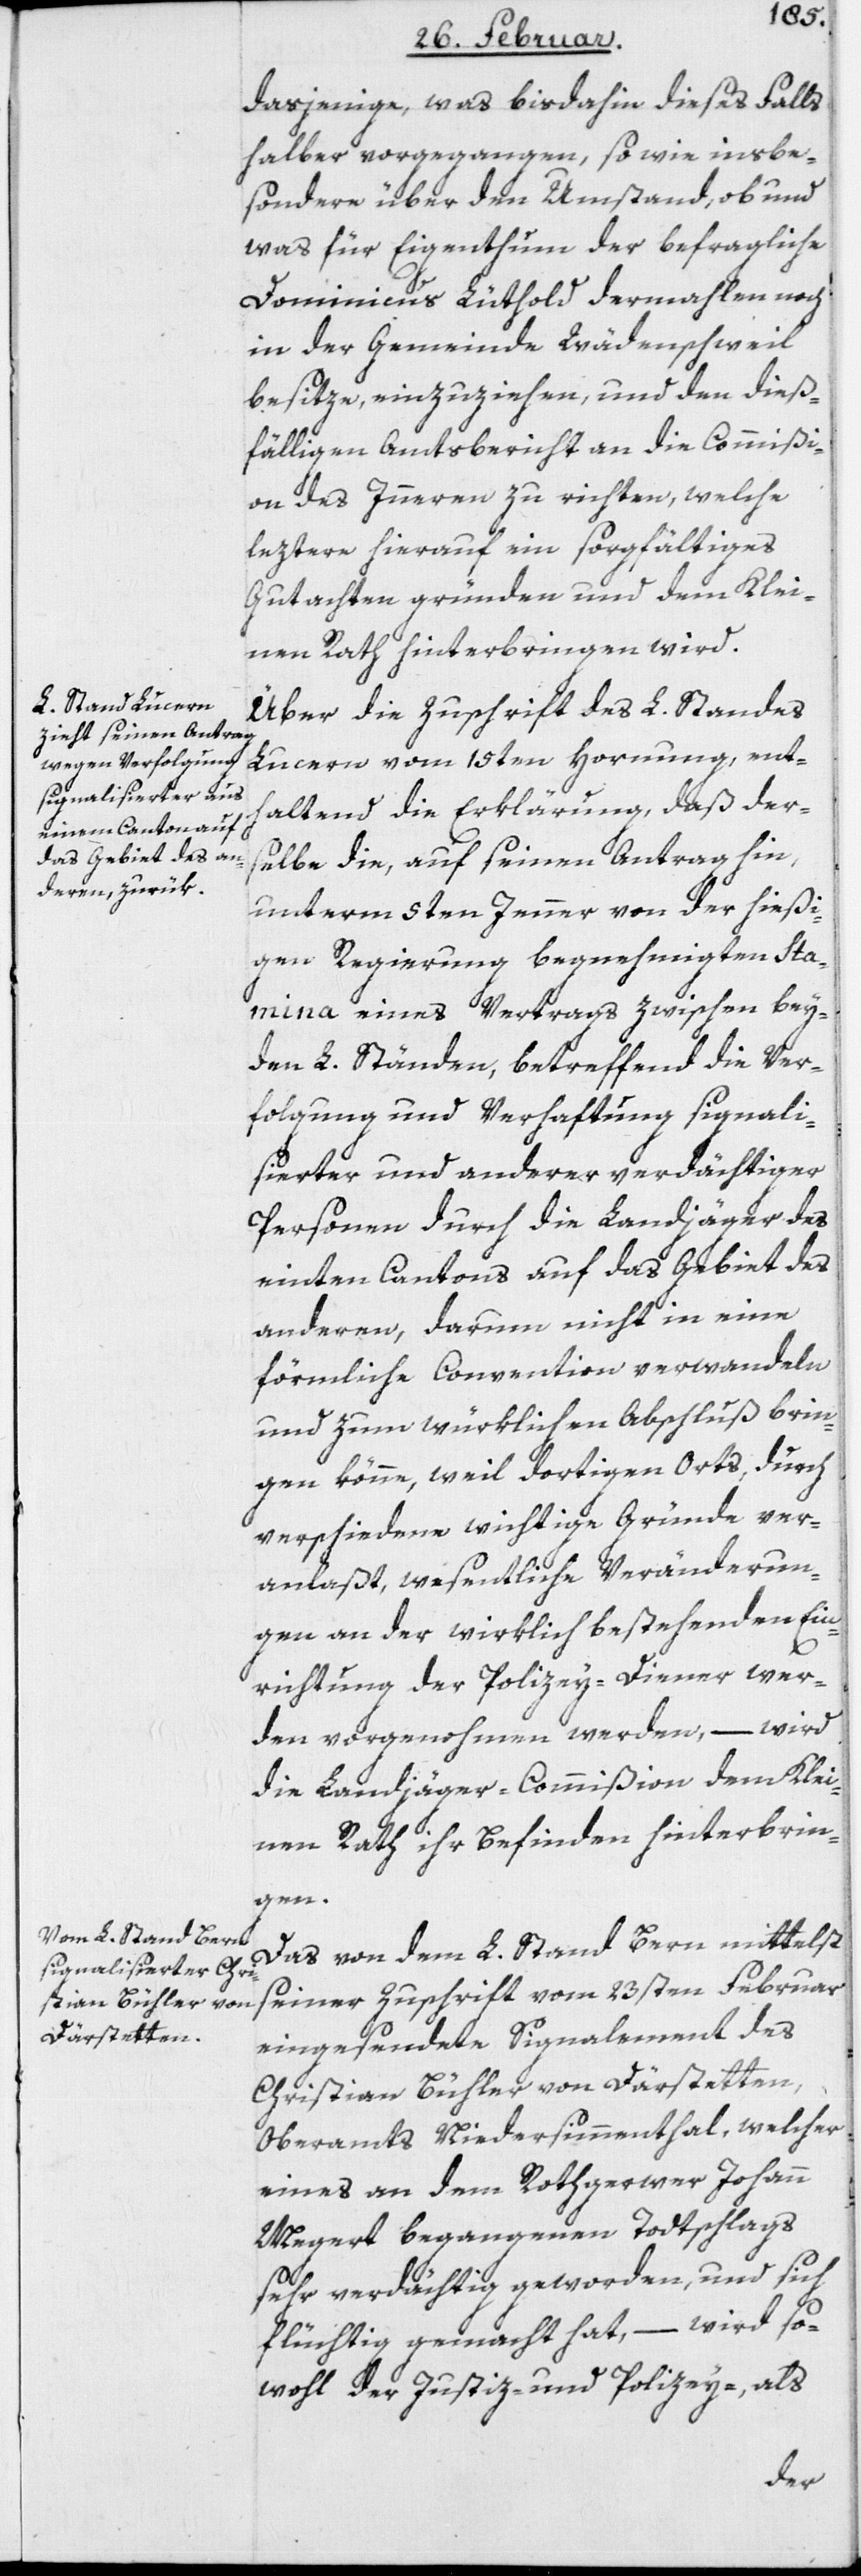
dasjenige, was bisdahin dieses Falls
halber vorgegangen, so wie insbe¬
sondere über den Umstand, ob und
was für Eigenthum der befragliche
Dominicus Lüthold dermahlen noch
in der Gemeinde Wädenschweil
besitze, einzuziehen, und den dieß¬
fälligen Amtsbericht an die Commißi¬
on des Inneren zu richten, welche
leztere hierauf ein sorgfältiges
Gutachten gründen und dem Klei¬
nen Rath hinterbringen wird.
Über die Zuschrift des L. Standes
Lucern vom 15ten Hornung, ent¬
haltend die Erklärung, daß der¬
selbe die, auf seinen Antrag hin,
unterm 5ten Jenner von der hießi¬
gen Regierung begnehmigten Sta¬
mina eines Vertrags zwischen bey¬
den L. Ständen, betreffend die Ver¬
folgung und Verhaftung signali¬
sierter und anderer verdächtiger
Personen durch die Landjäger des
einten Cantons auf das Gebiet des
anderen, darum nicht in eine
förmliche Convention verwandeln
und zum würklichen Abschluß brin¬
gen könne, weil dortigen Orts, durch
verschiedene wichtige Gründe ver¬
anlaßt, wesentliche Veränderun¬
gen an der wirklich bestehenden Ein¬
richtung der Polizey-Diener wer¬
den vorgenohmen werden, – wird
die Landjäger-Commißion dem Klei¬
nen Rath ihr Befinden hinterbrin¬
gen.
Das von dem L. Stand Bern mittelst
seiner Zuschrift vom 23sten Februar
eingesendete Signalement des
Christian Bühler von Därstetten,
Oberamts Niedersimmenthal, welcher
eines an dem Rothgerwer Johann
Megert begangenen Todtschlags
sehr verdächtig geworden, und sich
flüchtig gemacht hat, – wird so¬
wohl der Justiz- und Polizey-, als